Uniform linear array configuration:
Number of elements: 64
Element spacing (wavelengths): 0.5
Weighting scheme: blackman
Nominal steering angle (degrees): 45
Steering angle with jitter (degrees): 43.905
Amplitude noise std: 0.05
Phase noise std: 0.05

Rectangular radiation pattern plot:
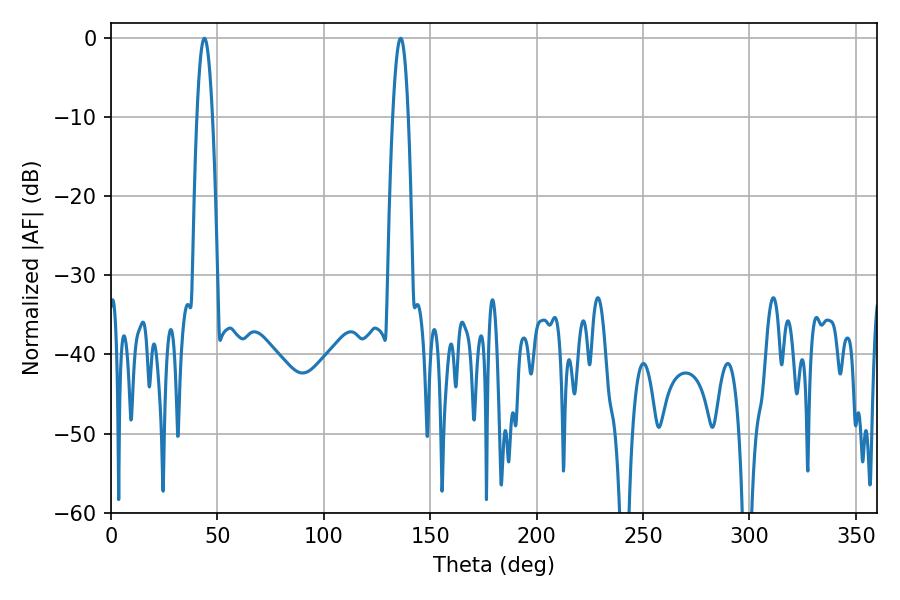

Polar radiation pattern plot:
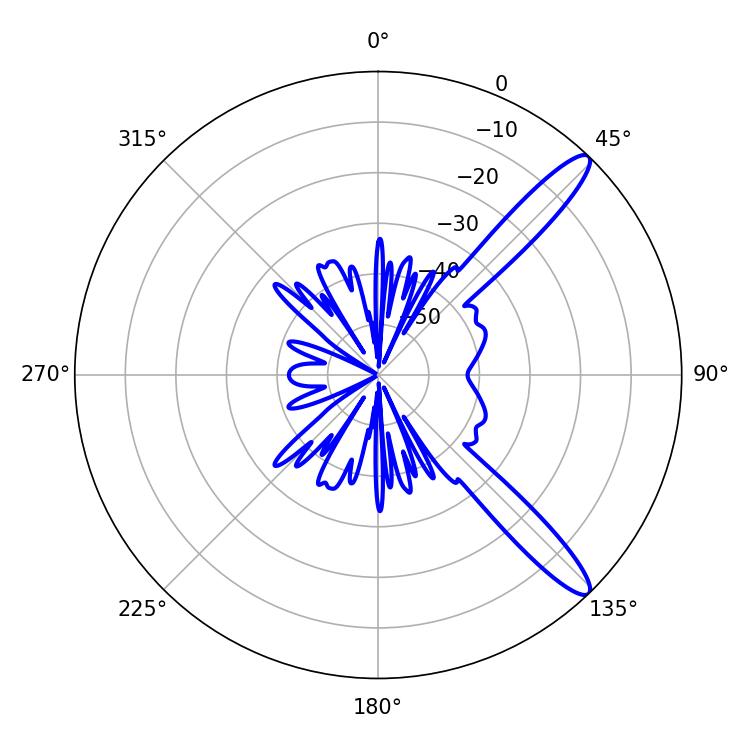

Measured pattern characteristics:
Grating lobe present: FALSE
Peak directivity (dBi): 12.777
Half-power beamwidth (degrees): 3.96
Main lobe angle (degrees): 43.92